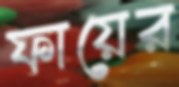
ফায়ের